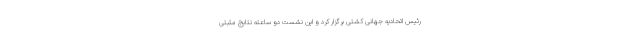
رئیس اتحادیه جهانی کشتی برگزار کرد و این نشست دو ساعته نتایج مثبتی